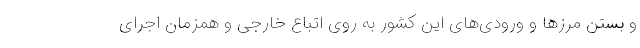
و بستن مرز‌ها و ورودی‌های این کشور به روی اتباع خارجی و همزمان اجرای